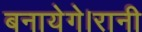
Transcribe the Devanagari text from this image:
बनायेगे।रानी